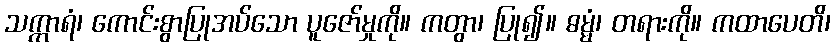
သက္ကာရံ၊ ကောင်းစွာပြုအပ်သော ပူဇော်မှုကို။ ကတွာ၊ ပြု၍။ ဓမ္မံ၊ တရားကို။ ကထာပေတိ၊